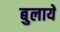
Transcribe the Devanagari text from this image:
बुलायें